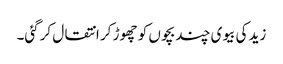
زید کی بیوی چند بچوں کو چھوڑ کر انتقال کرگئی۔